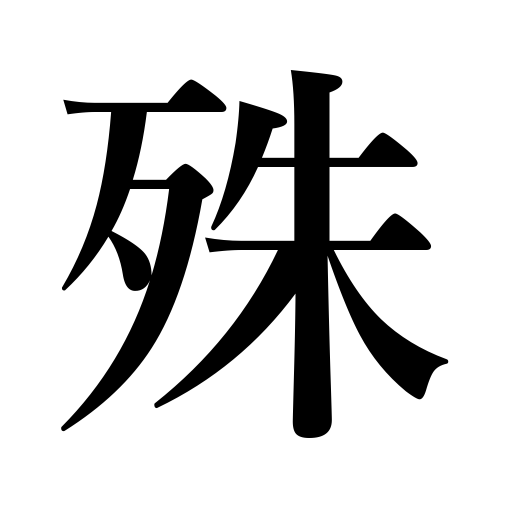
Meanings: above all,especially,exceptionally